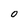
Character: O